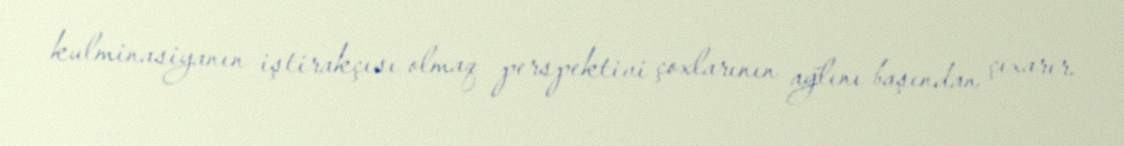
kulminasiyanın iştirakçısı olmaq perspektivi çoxlarının ağlını başından çıxarır.